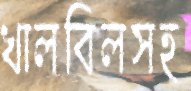
খালবিলসহ